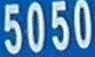
5050